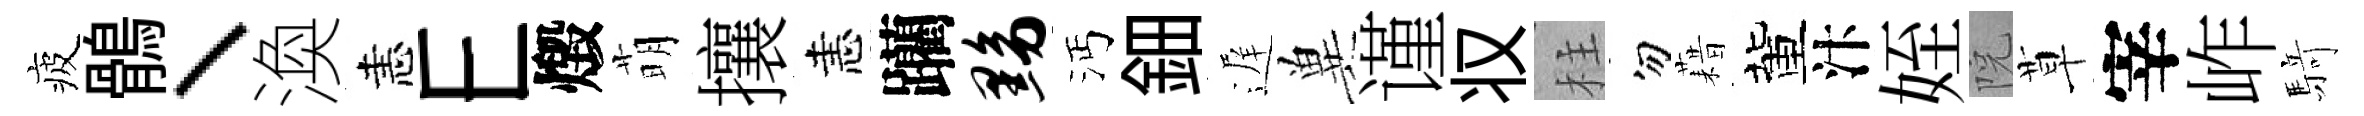
疲鶻、渙恚E燬萌攘恚躪黝沔鈿遅兾谨𠬧柱勿藉董汴姪院草宰岞𮪍